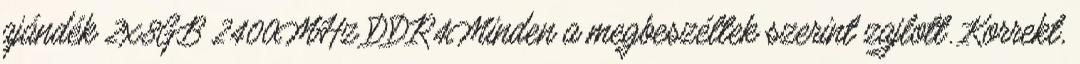
ajándék 2x8GB 2400MHz DDR4Minden a megbeszéltek szerint zajlott. Korrekt,